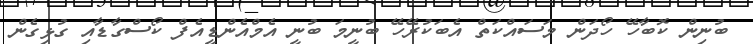
ބުނިން ކޮބާހޭ ހޯދަން މަސައްކަތް އެބަކުރޭހޭ ބުނީމަ ބުނީ އެމްއެންޑީއެފް ކޯސްގާޑާއި ގުޅިގެން